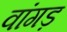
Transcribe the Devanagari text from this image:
वांगड़